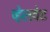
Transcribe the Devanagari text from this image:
व्हेलवेट